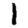
Digit: 1